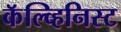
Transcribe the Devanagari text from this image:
कॅल्व्हिनिस्ट